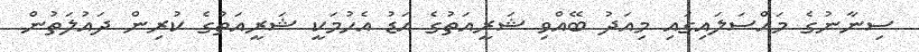
ސިނާނުގެ މައްސަލައިގައި މިއަދު ބޭއްވި ޝަރީއަތުގެ އަޑު އެހުމަކީ ޝަރީއަތުގެ ކުރިން ދައުލަތުން